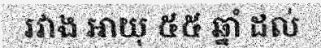
រវាង អាយុ ៥៥ ឆ្នាំ ដល់